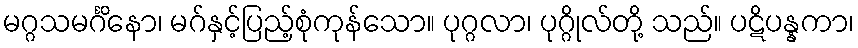
မဂ္ဂသမင်္ဂိနော၊ မဂ်နှင့်ပြည့်စုံကုန်သော။ ပုဂ္ဂလာ၊ ပုဂ္ဂိုလ်တို့ သည်။ ပဋိပန္နကာ၊